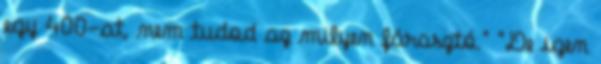
egy 400-at, nem tudod az milyen fárasztó." "De igen